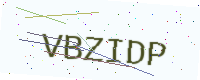
Text: VBZIDP